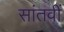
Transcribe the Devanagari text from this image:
सांतवीं